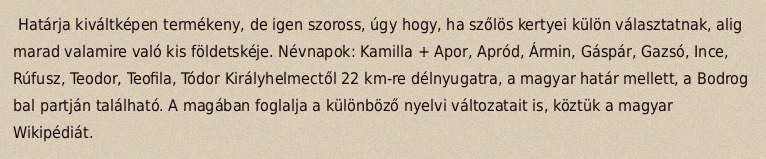
Határja kiváltképen termékeny, de igen szoross, úgy hogy, ha szőlös kertyei külön választatnak, alig marad valamire való kis földetskéje. Névnapok: Kamilla + Apor, Apród, Ármin, Gáspár, Gazsó, Ince, Rúfusz, Teodor, Teofila, Tódor Királyhelmectől 22 km-re délnyugatra, a magyar határ mellett, a Bodrog bal partján található. A magában foglalja a különböző nyelvi változatait is, köztük a magyar Wikipédiát.